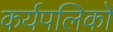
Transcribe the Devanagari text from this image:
कर्यपलिकों